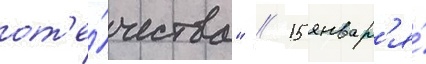
от'е́чества" // 15 январ'я́